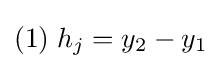
(1)\;h_{j}=y_{2}-y_{1}